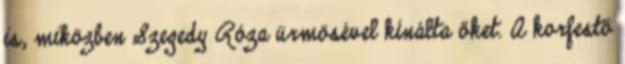
is, miközben Szegedy Róza ürmösével kínálta őket. A korfestő